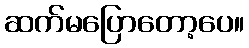
ဆက်မပြောတော့ပေ။